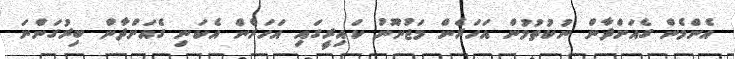
އެންމެން ގެއަށްދާން ނުކުތުމުން އަހަރެން މަޖުނޫނު ކައިރީގައި އަހަރެން އެކަނި ގެއަށްދާން ބިރުގަންނަ